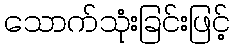
သောက်သုံးခြင်းဖြင့်